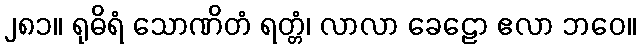
၂၈၁။ ရုဓိရံ သောဏိတံ ရတ္တံ၊ လာလာ ခေဠော ဧလာ ဘဝေ။